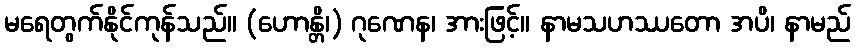
မရေတွက်နိုင်ကုန်သည်။ (ဟောန္တိ၊) ဂုဏေန၊ အားဖြင့်။ နာမသဟဿတော အပိ၊ နာမည်